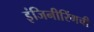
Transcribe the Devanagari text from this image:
इंजिनीरिंगची